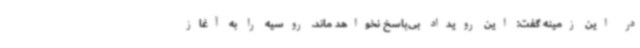
در این زمینه گفت: این رویداد بی‌پاسخ نخواهد ماند. روسیه را به آغاز